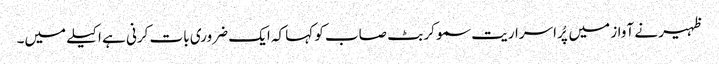
ظہیر نے آواز میں پُراسراریت سمو کر بٹ صاب کو کہا کہ ایک ضروری بات کرنی ہے اکیلے میں۔